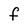
Character: f